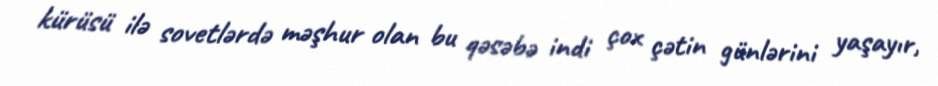
kürüsü ilə sovetlərdə məşhur olan bu qəsəbə indi çox çətin günlərini yaşayır,